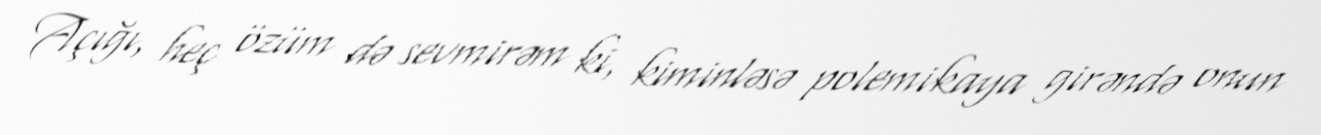
Açığı, heç özüm də sevmirəm ki, kiminləsə polemikaya girəndə onun